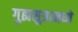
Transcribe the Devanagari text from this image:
गुह्यसुत्रामध्ये